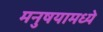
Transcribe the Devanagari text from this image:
मनुषयामध्ये